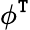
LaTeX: \phi^{\mathtt{T}}